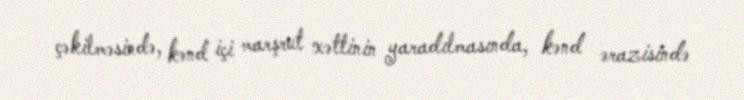
çəkilməsində, kənd içi marşrut xəttinin yaradılmasında, kənd ərazisində